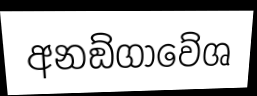
අනඞ්ගාවේශ